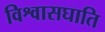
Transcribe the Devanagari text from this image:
विश्वासघाति